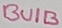
Text: BUIB